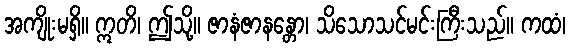
အကျိုးမရှိ။ ဣတိ၊ ဤသို့။ ဇာနံဇာနန္တော၊ သိသောသင်မင်းကြီးသည်။ ကထံ၊